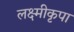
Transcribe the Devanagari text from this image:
लक्ष्मीकृपा